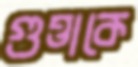
গুত্তাকে